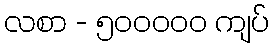
လစာ - ၅၀၀၀၀၀ ကျပ်